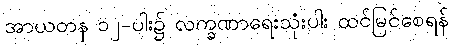
အာယတန ၁၂-ပါး၌ လက္ခဏာရေးသုံးပါး ထင်မြင်စေရန်